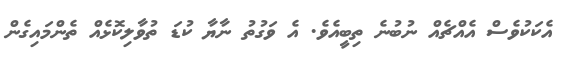
އެކަކުވެސް އެއްޗެއް ނުބުނެ ތިބީއެވެ. އެ ވަގުތު ނާޔާ ކުޑަ ތުވާލިކޮޅެއް ތެންމައިގެން